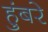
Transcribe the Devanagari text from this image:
हुंबरे